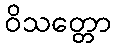
ဝိသတ္တော